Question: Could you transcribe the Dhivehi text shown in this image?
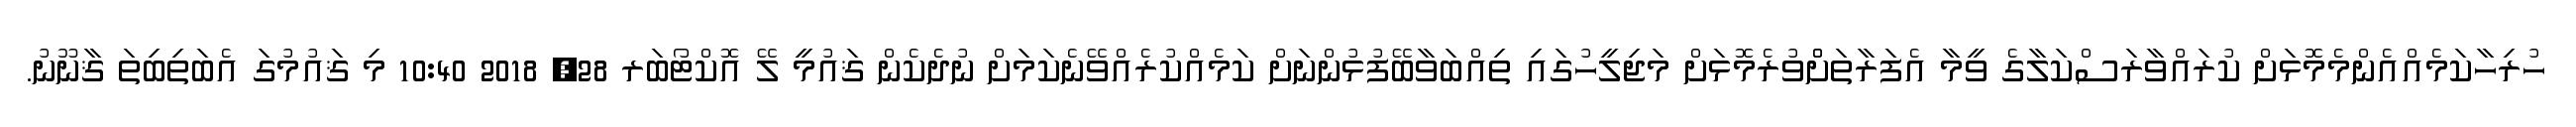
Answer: ހުރިހާކަމެއްއެންމެމޮޅަށް ކުރައްވާރަސްކަލާގެ ވީމާ އެފަރާތަށްްވުރެމޮޅަށް މަޖިލީހުގައި ތިއްބަވާބޭފުޅުންނަށް ކަމެއްކުރެއްވޭނެކަމަށް ނުދެކެން ޤައުމީ ލޭ އޮކްޓޯބަރ 28, 2018 10:40 މި ޤައުމުގަ އެބަތިބިތަ ޤާނޫނު.